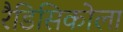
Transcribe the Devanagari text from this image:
रैडिसिकोला